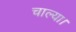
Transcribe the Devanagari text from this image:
चाल्या।